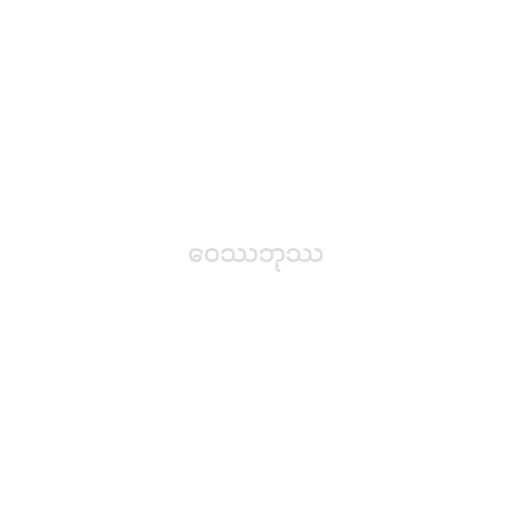
ဝေဿဘုဿ